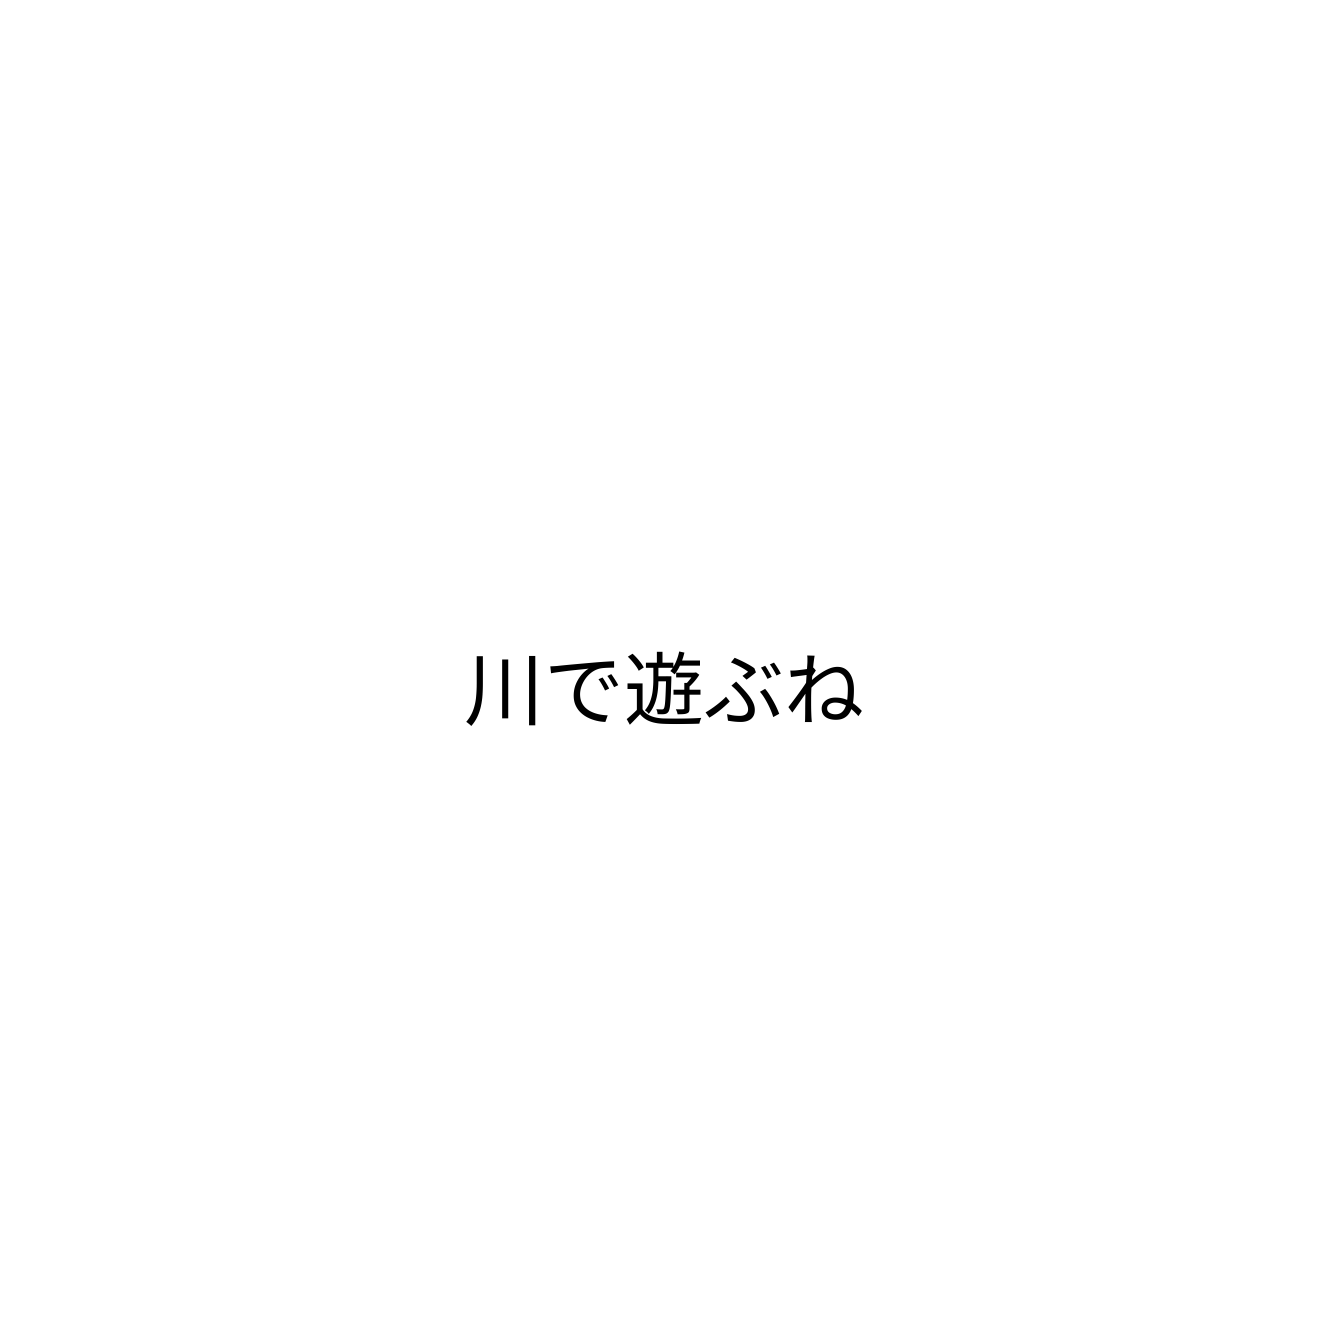
川で遊ぶね